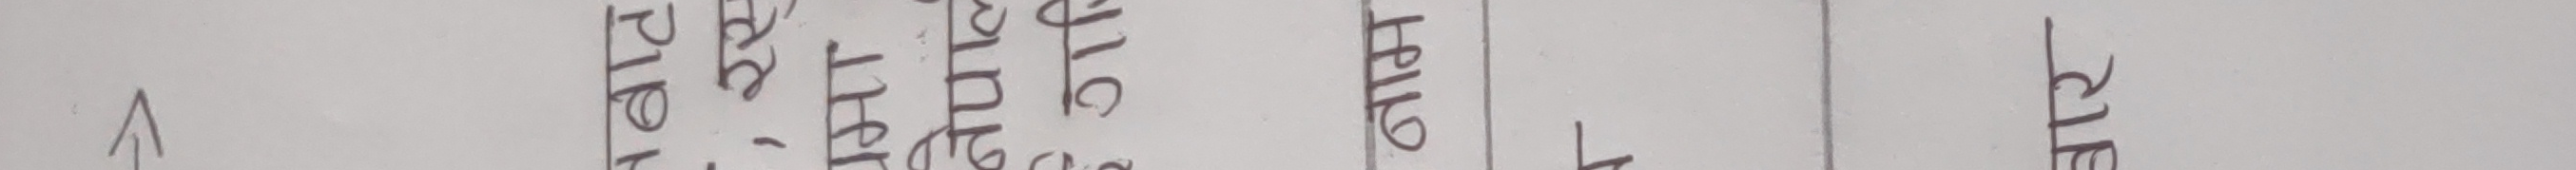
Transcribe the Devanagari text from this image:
दिनाँक अभिभावक हस्ताक्षर शिक्षक